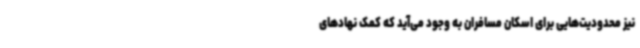
نیز محدودیت‌هایی برای اسکان مسافران به وجود می‌آید که کمک نهادهای